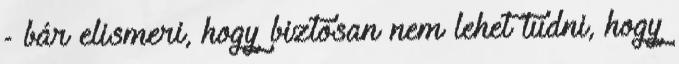
- bár elismeri, hogy biztosan nem lehet tudni, hogy